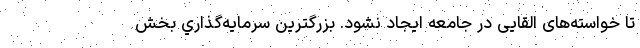
تا خواسته‌های القایی در جامعه ایجاد نشود. بزرگترين سرمايه‌گذاري بخش